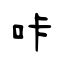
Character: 咔